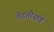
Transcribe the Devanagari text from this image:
तेहतीसवे